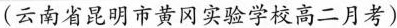
(云南省昆明市黄冈实验学校高二月考)